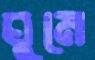
ঘুমে